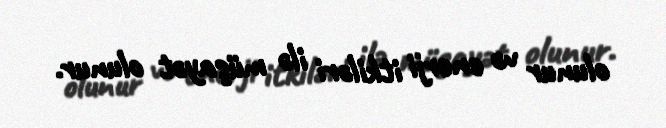
olunur və enerji itkiləri ilə müşayət olunur.